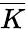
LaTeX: \overline{{K}}